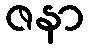
ဇနာ